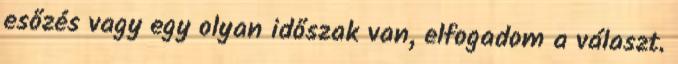
esőzés vagy egy olyan időszak van, elfogadom a választ.